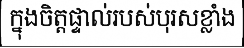
ក្នុងចិត្តផ្ទាល់របស់បុរសខ្លាំង